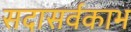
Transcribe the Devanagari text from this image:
सदासर्वकाभ